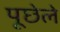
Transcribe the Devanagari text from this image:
पूछेले